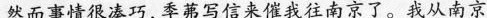
然而事情很凑巧，季茀写信来催我往南京了。我从南京